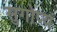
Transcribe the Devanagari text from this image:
सुगोप्यं